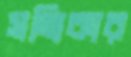
সত্যিকার